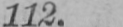
112.